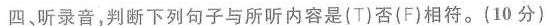
四、听录音,判断下列句子与所听内容是(T)否(F)相符。(10 分)